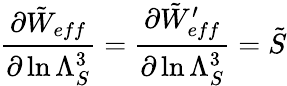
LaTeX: {\frac{\partial{\tilde{W}_{eff}}}{\partial\ln\Lambda_{S}^{3}}}={\frac{\partial{\tilde{W}_{eff}^{\prime}}}{\partial\ln\Lambda_{S}^{3}}}=\tilde{S}